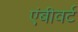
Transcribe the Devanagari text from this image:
एंबीवर्ट